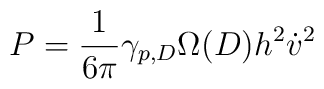
P = \frac{1}{6 \pi}\gamma_{p,D} \Omega(D) h^2 \dot{v}^2